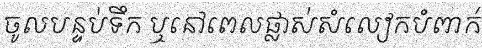
ចូលបន្ទប់ទឹក ឬនៅពេលផ្លាស់សំលៀកបំពាក់